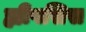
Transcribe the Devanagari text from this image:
ह्यीपसिस